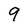
Character: 9